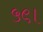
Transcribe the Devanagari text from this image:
५९।